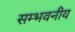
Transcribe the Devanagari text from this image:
सम्भवनीय